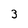
Character: 3